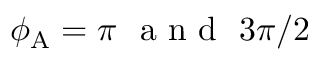
\phi _ { \mathrm { A } } = \pi \ \mathrm { ~ a ~ n ~ d ~ } \ 3 \pi / 2